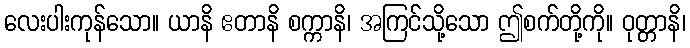
လေးပါးကုန်သော။ ယာနိ ဧတာနိ စက္ကာနိ၊ အကြင်သို့သော ဤစက်တို့ကို။ ဝုတ္တာနိ၊